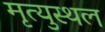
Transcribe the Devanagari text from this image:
मृत्युस्थल